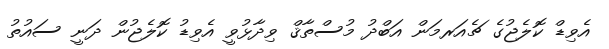
އެވިޑް ކޮލެޖުގެ ޗެއަރމަން އަބްދު މުސްތާޤް ވިދާޅުވީ އެވިޑު ކޮލެޖުން ދަނީ ސައުތު